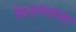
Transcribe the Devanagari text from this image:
विडमबना